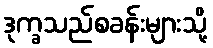
ဒုက္ခသည်စခန်းများသို့